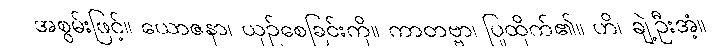
အစွမ်းဖြင့်။ ယောဇနာ၊ ယှဉ်စေခြင်းကို။ ကာတဗ္ဗာ၊ ပြုထိုက်၏။ ဟိ၊ ချဲ့ဦးအံ့။